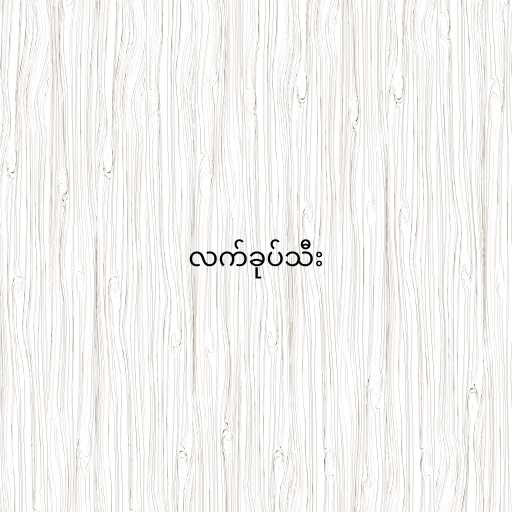
လက်ခုပ်သီး